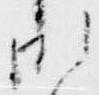
御